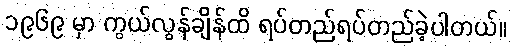
၁၉၆၉ မှာ ကွယ်လွန်ချိန်ထိ ရပ်တည်ရပ်တည်ခဲ့ပါတယ်။